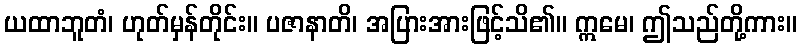
ယထာဘူတံ၊ ဟုတ်မှန်တိုင်း။ ပဇာနာတိ၊ အပြားအားဖြင့်သိ၏။ ဣမေ၊ ဤသည်တို့ကား။